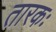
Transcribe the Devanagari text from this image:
तारकः